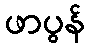
ဖာပွန်